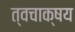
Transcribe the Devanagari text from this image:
त्वचाक्षय